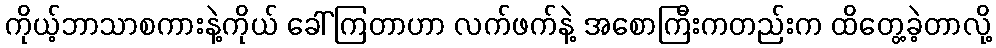
ကိုယ့်ဘာသာစကားနဲ့ကိုယ် ခေါ်ကြတာဟာ လက်ဖက်နဲ့ အစောကြီးကတည်းက ထိတွေ့ခဲ့တာလို့